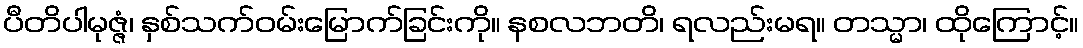
ပီတိပါမုဇ္ဇံ၊ နှစ်သက်ဝမ်းမြောက်ခြင်းကို။ နစလဘတိ၊ ရလည်းမရ။ တသ္မာ၊ ထိုကြောင့်။